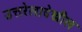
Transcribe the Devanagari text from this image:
उत्तरेलादेखील